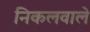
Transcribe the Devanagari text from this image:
निकलवाले